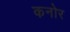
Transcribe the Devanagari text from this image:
कनोर